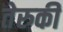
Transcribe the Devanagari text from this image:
तेरुकी